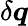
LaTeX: \delta\boldsymbol{q}